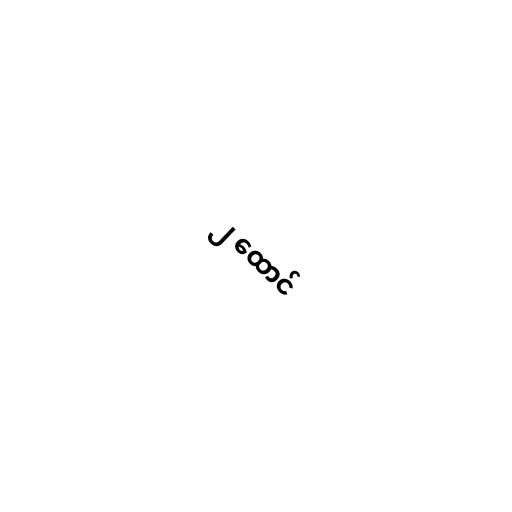
၂ ထောင်